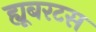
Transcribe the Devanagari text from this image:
ह्यूबरटस